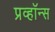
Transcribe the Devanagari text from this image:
प्रव्हॉन्स